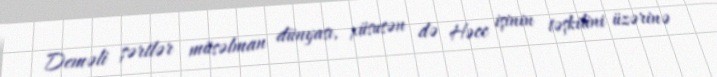
Deməli şərtlər müsəlman dünyası, xüsusən də Həcc işinin təşkilini üzərinə